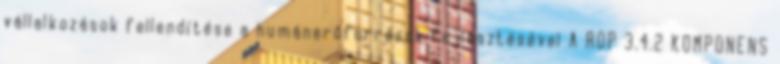
vállalkozások fellendítése a humánerőforrások fejlesztésével A ROP 3.4.2 KOMPONENS